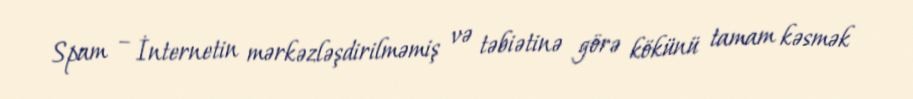
Spam – İnternetin mərkəzləşdirilməmiş və təbiətinə görə kökünü tamam kəsmək